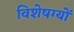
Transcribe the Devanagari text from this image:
विशेषग्यों